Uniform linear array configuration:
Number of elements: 12
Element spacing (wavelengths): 1
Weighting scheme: hamming
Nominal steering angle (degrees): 60
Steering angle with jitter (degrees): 61.206
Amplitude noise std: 0.05
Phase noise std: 0.05

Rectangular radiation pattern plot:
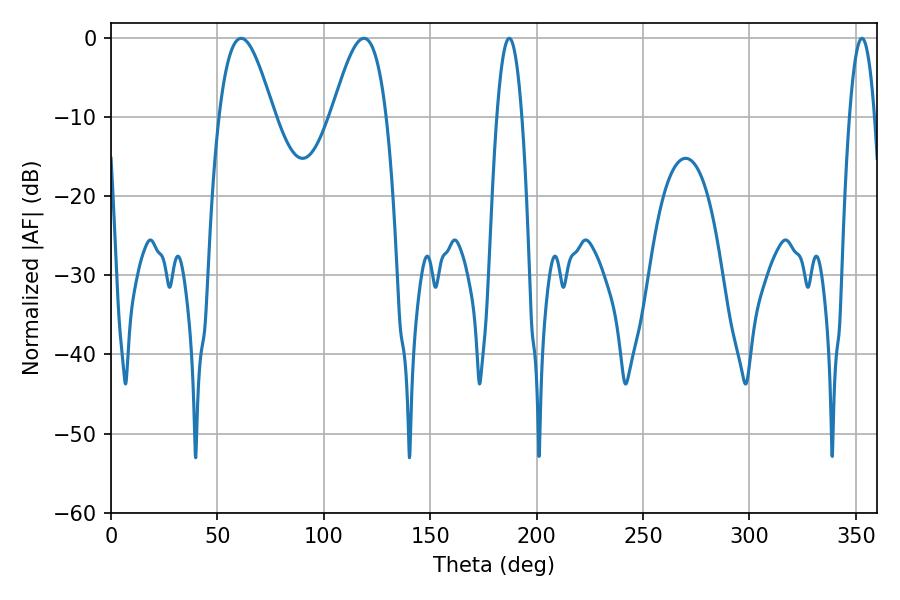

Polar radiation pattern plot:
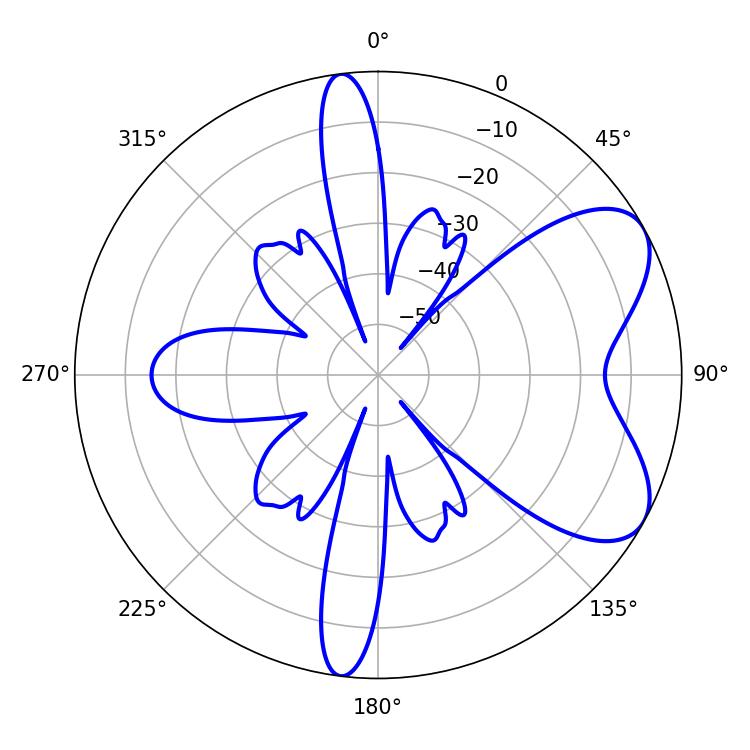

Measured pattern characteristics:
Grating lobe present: TRUE
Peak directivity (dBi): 6.57
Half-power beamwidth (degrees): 13.86
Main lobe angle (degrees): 61.2